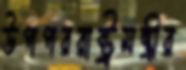
উপপররাষ্ট্রমন্ত্রীর